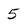
Character: 5